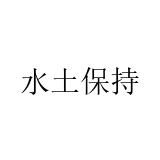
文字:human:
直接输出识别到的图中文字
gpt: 水土保持